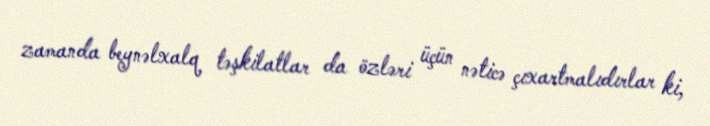
zamanda beynəlxalq təşkilatlar da özləri üçün nəticə çıxartmalıdırlar ki,